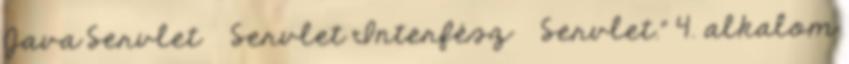
Java Servlet  Servlet Interfész  Servlet." 4. alkalom